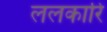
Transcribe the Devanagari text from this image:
ललकारि